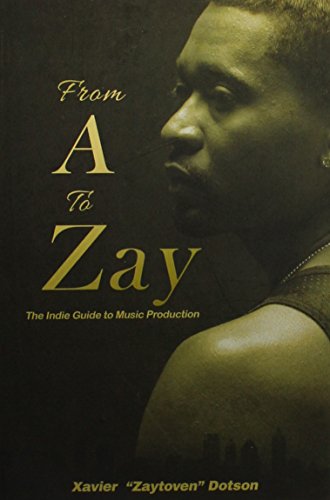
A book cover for From A to Zay: The Indie Guide to Music Production; Xavier Dotson; Arts & Photography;